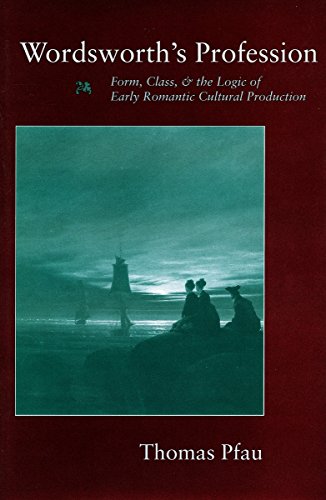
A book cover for WordsworthEEs Profession: Form, Class, and the Logic of Early Romantic Cultural Production; Thomas Pfau; Romance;